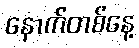
နောက်တစ်နေ့